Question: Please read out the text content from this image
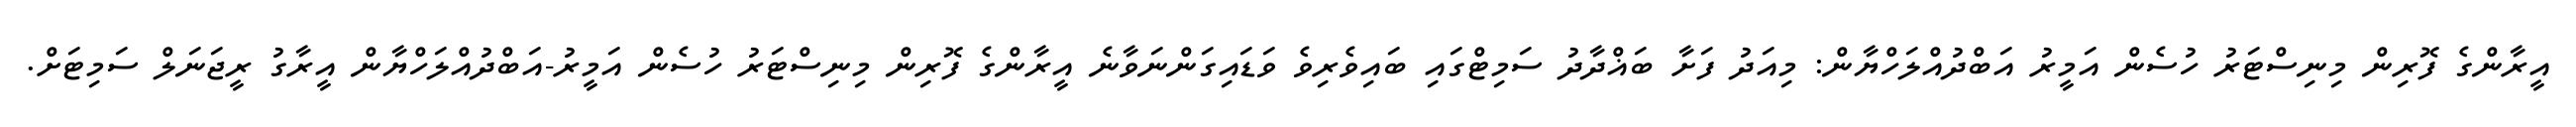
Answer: އީރާންގެ ފޮރިން މިނިސްޓަރު ހުސެން އަމީރު އަބްދުއްލަހްޔާން: މިއަދު ފަށާ ބަޣްދާދު ސަމިޓްގައި ބައިވެރިވެ ވަޑައިގަންނަވާނެ އީރާންގެ ފޮރިން މިނިސްޓަރު ހުސެން އަމީރު-އަބްދުއްލަހްޔާން އީރާގު ރީޖަނަލް ސަމިޓަށް.